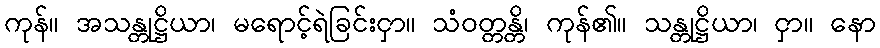
ကုန်။ အသန္တုဋ္ဌိယာ၊ မရောင့်ရဲခြင်းငှာ။ သံဝတ္တန္တိ၊ ကုန်၏။ သန္တုဋ္ဌိယာ၊ ငှာ။ နော